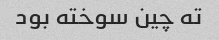
ته چین سوخته بود